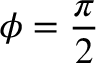
\phi = \frac { \pi } { 2 }